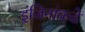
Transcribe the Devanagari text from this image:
इंजिनांकडे